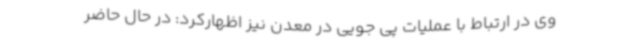
وی در ارتباط با عملیات پی جویی در معدن نیز اظهارکرد: در حال حاضر